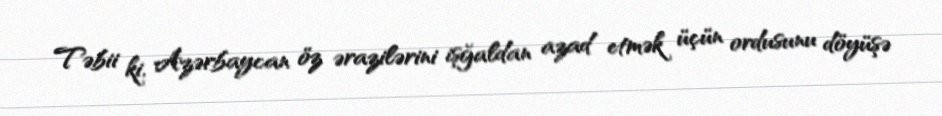
Təbii ki, Azərbaycan öz ərazilərini işğaldan azad etmək üçün ordusunu döyüşə